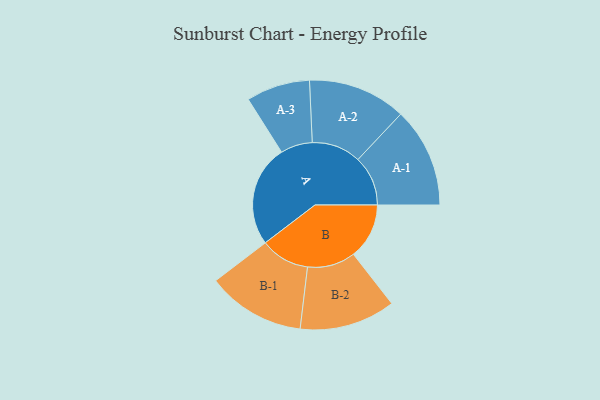
{"axis": {"x": "Segment", "y": "Value"}, "legend": ["", "A", "B"], "data": [{"x": "A", "y": 354, "type": ""}, {"x": "B", "y": 194, "type": ""}, {"x": "A-1", "y": 174, "type": "A"}, {"x": "A-2", "y": 171, "type": "A"}, {"x": "A-3", "y": 111, "type": "A"}, {"x": "B-1", "y": 171, "type": "B"}, {"x": "B-2", "y": 167, "type": "B"}]}